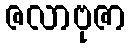
ဇလာဗုဇာ